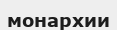
монархии